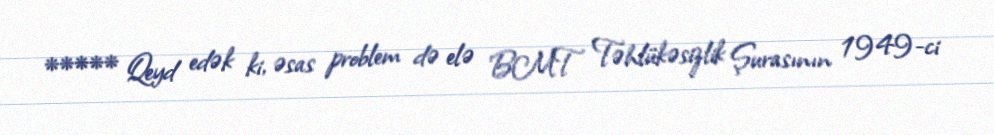
***** Qeyd edək ki, əsas problem də elə BMT Təhlükəsizlik Şurasının 1949-ci